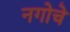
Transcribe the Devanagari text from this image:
नगोचे